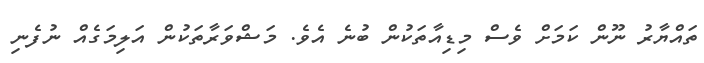
ތައްޔާރު ނޫން ކަމަށް ވެސް މިޑިއާތަކުން ބުނެ އެވެ. މަޝްވަރާތަކުން އަލިމަގެއް ނުފެނި